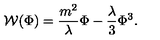
{ \cal W } ( \Phi ) = \frac { m ^ { 2 } } { \lambda } \Phi - \frac { \lambda } { 3 } \Phi ^ { 3 } .